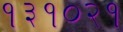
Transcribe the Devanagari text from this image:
१३१०२१